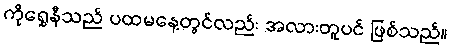
ကိုရွှေနီသည် ပထမနေ့တွင်လည်း အလားတူပင် ဖြစ်သည်။